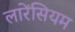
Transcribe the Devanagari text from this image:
लारेंसियम